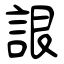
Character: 詪